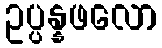
ဥပ္ပန္နဖလော